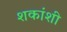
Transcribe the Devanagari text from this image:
शकांशी